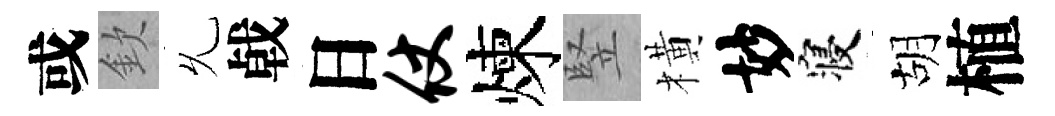
或欽𠃔㦸日仗煉竪橫妙寝胡植